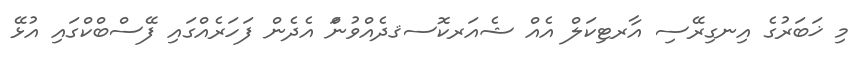
މި ޚަބަރުގެ އިނގިރޭސި އާރޓިކަލް އެއް ޝެއަރކޮސޤދެއްވުނަް އެދެން ފަހަރެއްގައި ފޭސްބްކްގައި އުޅޭ